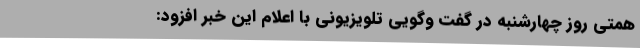
همتی روز چهارشنبه در گفت وگویی تلویزیونی با اعلام این خبر افزود: